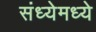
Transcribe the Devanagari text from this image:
संध्येमध्ये